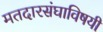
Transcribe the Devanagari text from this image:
मतदारसंघाविषयी